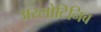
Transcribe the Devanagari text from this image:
अरलोटिनिब